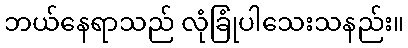
ဘယ်နေရာသည် လုံခြုံပါသေးသနည်း။